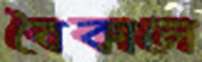
বৈকালে